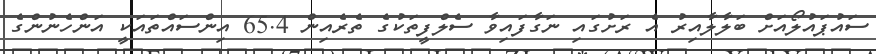
ސައުޕައުލޯއަށް ބަލާލާއިރު އެ ރަށުގައި ނަގާފައިވާ ސެލްފީތަކުގެ ތެރެއިން 65.4 އިންސައްތައަކީ އަންހެނުންގެ